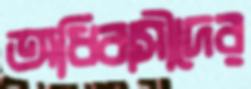
অধিবাসীদের